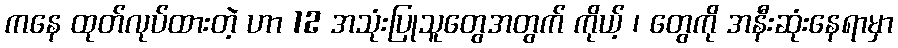
ကနေ ထုတ်လုပ်ထားတဲ့ ဟာ 12 အသုံးပြုသူတွေအတွက် ကိုယ့် ၊ တွေကို အနီးဆုံးနေရာမှာ